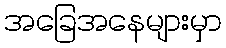
အခြေအနေများမှာ